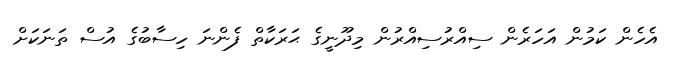
އެހެން ކަމުން އަހަރެން ސިއްރުސިއްރުން މިދޫނީގެ ޙަރަކާތް ފެންނަ ހިސާބުގެ އުސް ތަނަކަށް